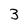
Character: 3